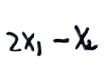
$2x_{1}-x_{2}$